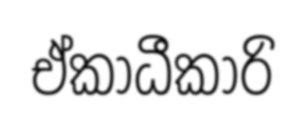
ඒකාධීකාරි